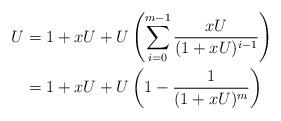
LaTeX: \begin{align*}U &= 1+xU + U\left(\sum_{i=0}^{m-1}\frac{xU}{(1+xU)^{i-1}}\right) \\ &= 1+xU + U\left(1-\frac{1}{(1+xU)^{m}}\right)\end{align*}